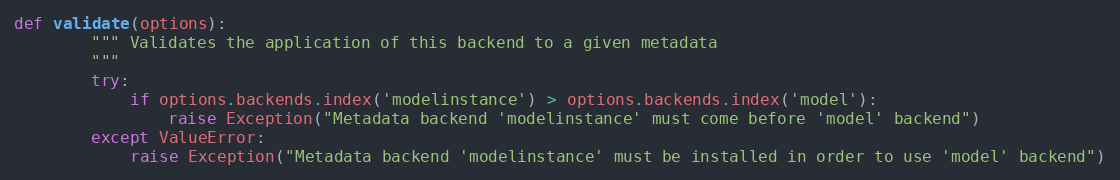
Language: Python
def validate(options):
        """ Validates the application of this backend to a given metadata
        """
        try:
            if options.backends.index('modelinstance') > options.backends.index('model'):
                raise Exception("Metadata backend 'modelinstance' must come before 'model' backend")
        except ValueError:
            raise Exception("Metadata backend 'modelinstance' must be installed in order to use 'model' backend")